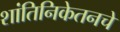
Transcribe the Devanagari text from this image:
शांतिनिकेतनचे